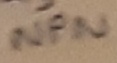
Text: NPN